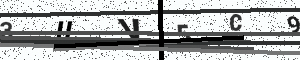
Text: 3UV5C9